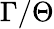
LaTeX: \Gamma/\Theta